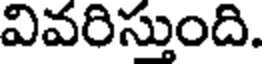
వివరిస్తుంది.